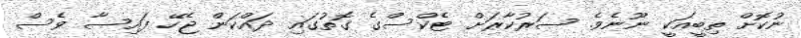
ނުކޮށް ތިބީއަކީ ނޫނެވެ. ސަރުކާރަށް ޓެކްސްގެ ގޮތުގައި ދައްކަން ޖެހޭ ފައިސާ ވެސް